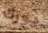
يورك